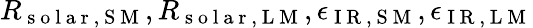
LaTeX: R_{\mathrm{~s~o~l~a~r~,~S~M~}},R_{\mathrm{~s~o~l~a~r~,~L~M~}},\epsilon_{\mathrm{~I~R~,~S~M~}},\epsilon_{\mathrm{~I~R~,~L~M~}}